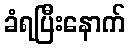
ခံရပြီးနောက်